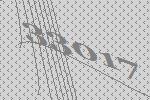
33017